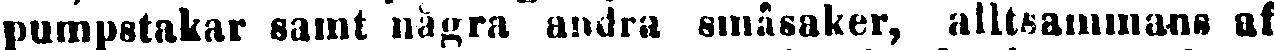
pumpstakar samt några andra småsaker, alltsammans af